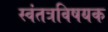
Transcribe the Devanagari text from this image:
स्वंतत्रविषयक